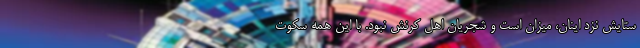
ستایش نزد اینان، میزان است و شجریان اهل کرنش نبود. با این همه سکوت